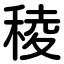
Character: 稜